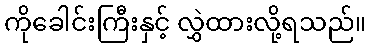
ကိုခေါင်းကြီးနှင့် လွှဲထားလို့ရသည်။